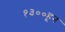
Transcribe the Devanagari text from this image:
१३००हून